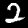
Digit: 2